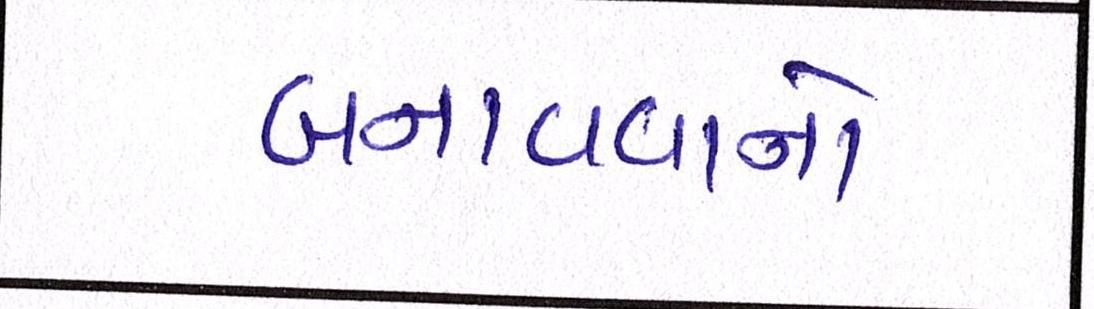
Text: બનાવવાનો